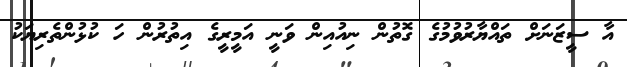
އާ ސީޒަނަށް ތައްޔާރުވުމުގެ ގޮތުން ނިއުއިން ވަނީ އަމީރީގެ އިތުރުން ހަ ކުޅުންތެރިޔަކު